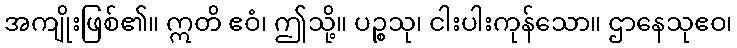
အကျိုးဖြစ်၏။ ဣတိ ဧဝံ၊ ဤသို့။ ပဉ္စသု၊ ငါးပါးကုန်သော။ ဌာနေသုဧဝ၊